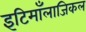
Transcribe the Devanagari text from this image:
इटिमाँलाजिकल